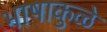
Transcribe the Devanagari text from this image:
भाषाकुळे